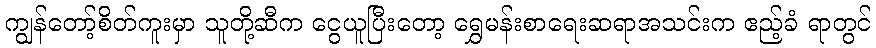
ကျွန်တော့်စိတ်ကူးမှာ သူတို့ဆီက ငွေယူပြီးတော့ ရွှေမန်းစာရေးဆရာအသင်းက ဧည့်ခံ ရာတွင်